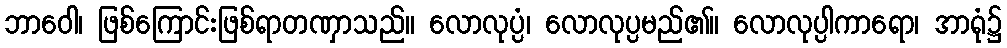
ဘာဝေါ၊ ဖြစ်ကြောင်းဖြစ်ရာတဏှာသည်။ လောလုပ္ပံ၊ လောလုပ္ပမည်၏။ လောလုပ္ပါကာရော၊ အာရုံ၌